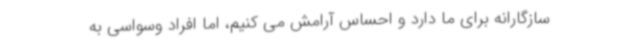
سازگارانه برای ما دارد و احساس آرامش می کنیم، اما افراد وسواسی به